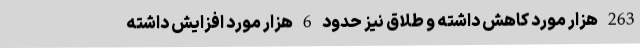
263 هزار مورد کاهش داشته و طلاق نیز حدود 6 هزار مورد افزایش داشته